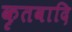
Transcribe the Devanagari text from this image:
कृतवादि